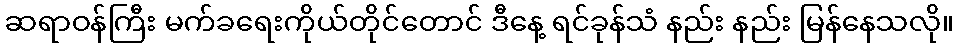
ဆရာဝန်ကြီး မက်ခရေးကိုယ်တိုင်တောင် ဒီနေ့ ရင်ခုန်သံ နည်း နည်း မြန်နေသလို။